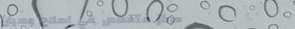
مركز متخصص في إصلاح وصيان